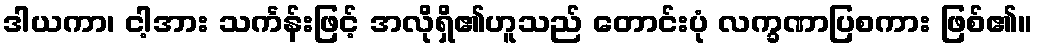
ဒါယကာ၊ ငါ့အား သင်္ကန်းဖြင့် အလိုရှိ၏ဟူသည် တောင်းပုံ လက္ခဏာပြစကား ဖြစ်၏။